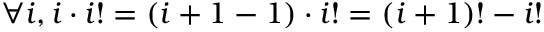
\forall i , i \cdot i ! = ( i + 1 - 1 ) \cdot i ! = ( i + 1 ) ! - i !